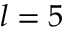
l = 5